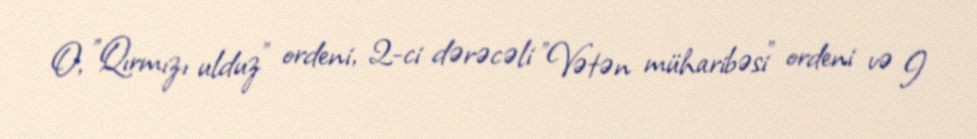
O, "Qırmızı ulduz" ordeni, 2-ci dərəcəli "Vətən müharibəsi" ordeni və I